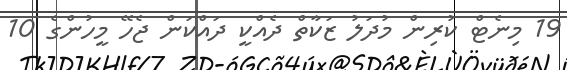
19 މިނެޓް ކުރިން މުދަލު ޒަކާތް ދެއްކީ ދައްކަން ޖެހޭ މީހުންގެ 10